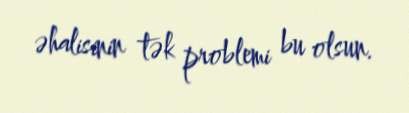
əhalisinin tək problemi bu olsun.